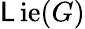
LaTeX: \operatorname{\mathsf{L}ie}(G)